NAE_kihelkonnakohtute_kirjad_ja_protokollid_1869-1889, lk 10
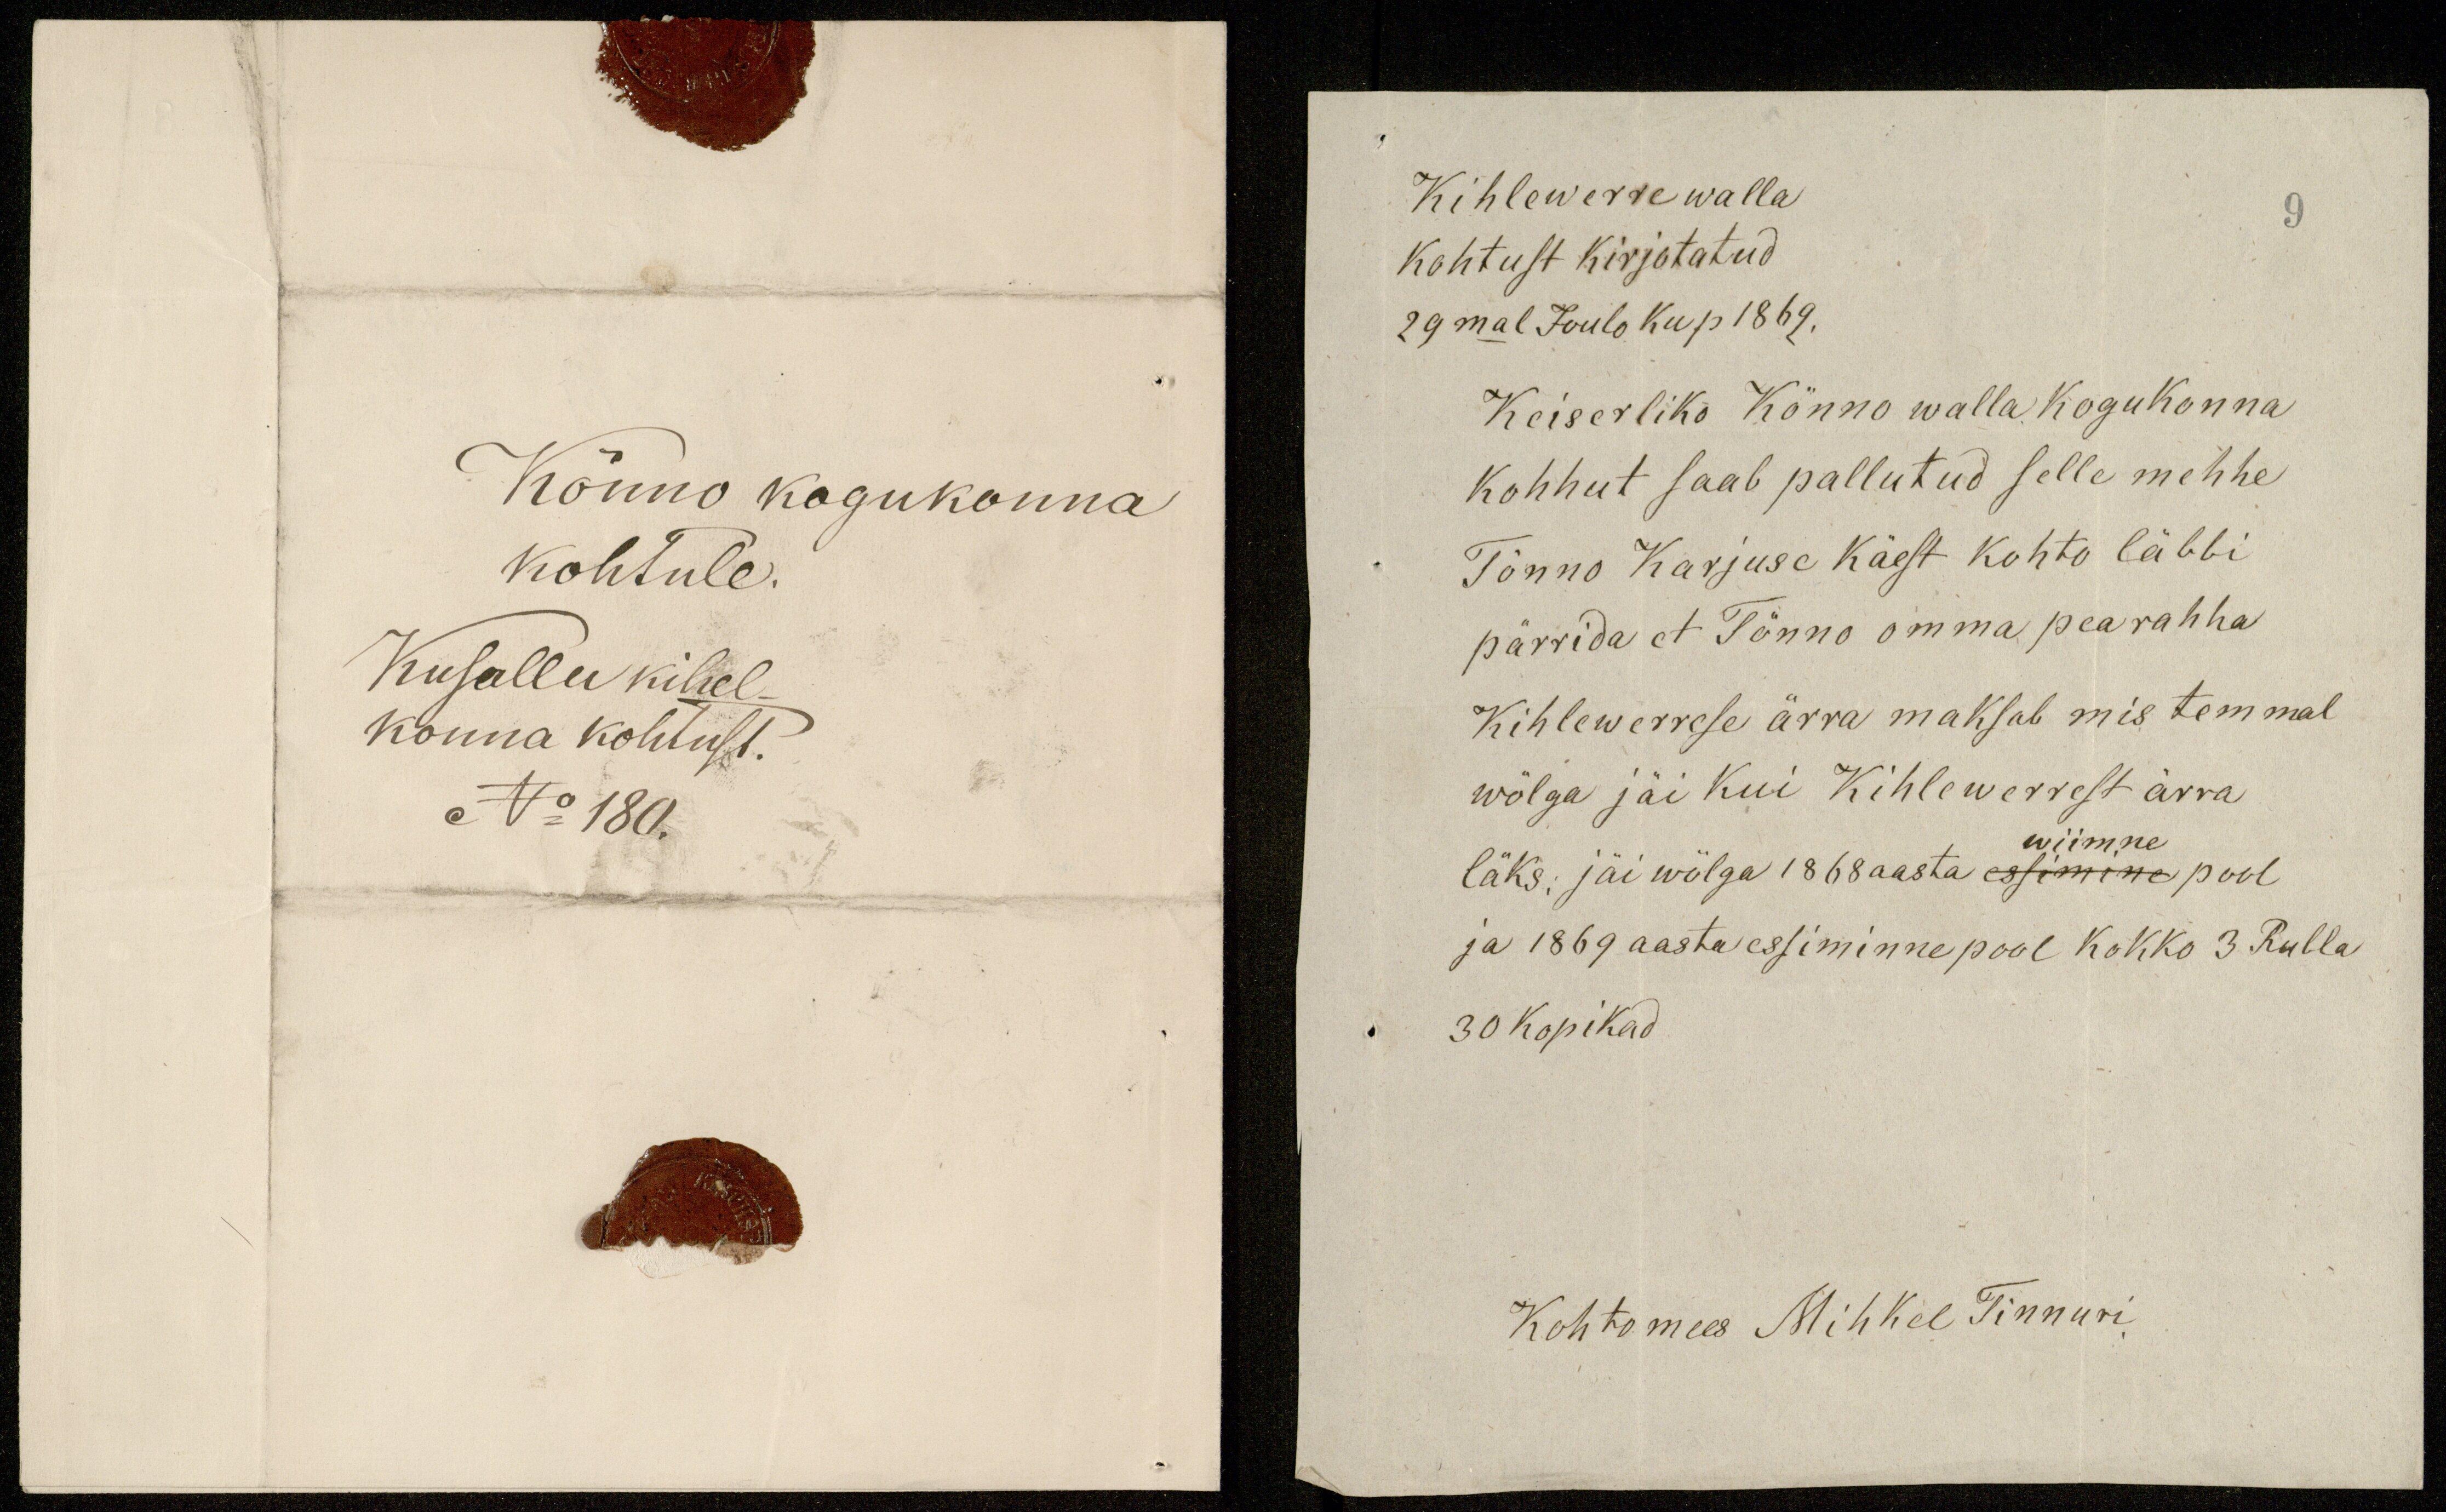
Kõnno kogukonna
kohtule.
Kusallu kihel-
konna kohtust.
No 180.

Kihlewerre walla
kohtust kirjotatud
29mal Joulo ku p 1869.
Keiserliko Kõnno walla kogukonna
kohhut saab pallutud selle mehhe
Tõnno Karjuse Käest Kohto läbbi
pärrida et Tõnno omma pearahha
Kihlewerrese ärra maksab mis temmal
wõlga jäi kui Kihlewerrest ärra
viimne
läks; jäi wõlga 1868 aasta essimine pool
ja 1869 aasta essiminne pool kokko 3 Rubla
30 kopikad
Kohtomees Mihkel Tinnuri